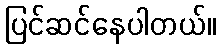
ပြင်ဆင်နေပါတယ်။